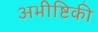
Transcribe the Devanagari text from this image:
अभीष्टिकी